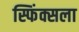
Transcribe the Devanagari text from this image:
स्फिंक्सला